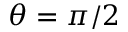
\theta = \pi / 2